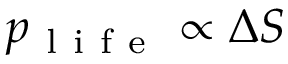
p _ { \mathrm { ~ l ~ i ~ f ~ e ~ } } \propto \Delta S